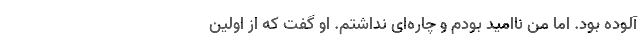
آلوده بود. اما من ناامید بودم و چاره‌ای نداشتم. او گفت که از اولین